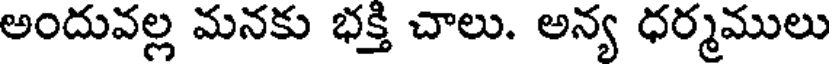
అందువల్ల మనకు భక్తి చాలు. అన్య ధర్మములు